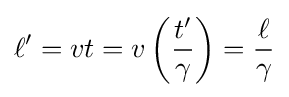
\ell '=vt=v\left({\frac {t'}{\gamma }}\right)={\frac {\ell }{\gamma }}